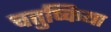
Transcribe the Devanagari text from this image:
चतुष्किया